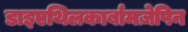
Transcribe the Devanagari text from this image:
डाइएथिलकार्बामज़ेपिन